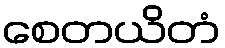
စေတယိတံ